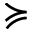
\succcurlyeq